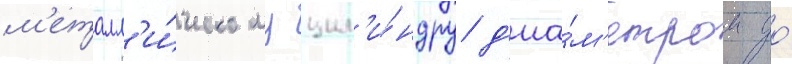
м'еталл'и́ческому цил'и́ндру д'иа́м'етром до́